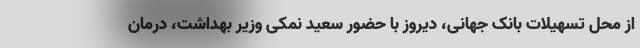
از محل تسهیلات بانک جهانی، دیروز با حضور سعید نمکی وزیر بهداشت، درمان